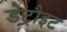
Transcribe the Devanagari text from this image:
डेट्रौइट